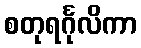
စတုရင်္ဂုလိကာ